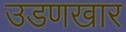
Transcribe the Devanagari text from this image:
उडणखार